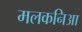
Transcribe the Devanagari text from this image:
मलकनिआ